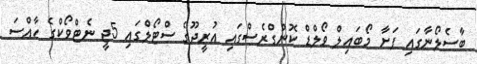
ބާސެލޯނާގައި ފަށާ މޯބައިލް ވޯލްޑް ކޮންގްރެސްގައި އުރީދޫގެ ސްޓޯލްގައި 5ޖީ ނެޓްވޯކްގެ ހާއްސަ